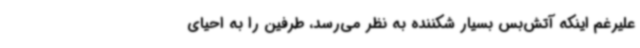
علیرغم اینکه آتش‌بس بسیار شکننده به نظر می‌رسد، طرفین را به احیای